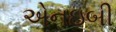
એનઇબી